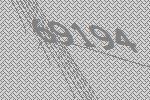
69194